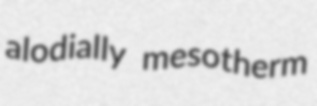
alodially mesotherm